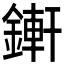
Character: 𨪚